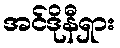
အင်ဒိုနီရှား